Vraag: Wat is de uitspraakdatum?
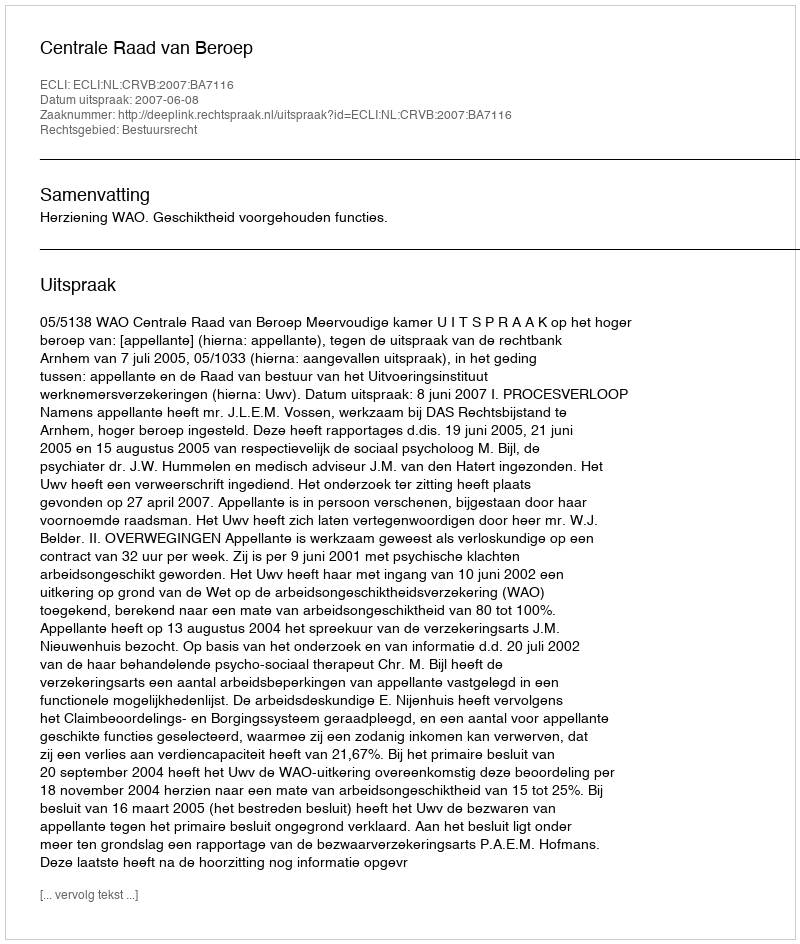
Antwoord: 2007-06-08